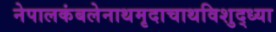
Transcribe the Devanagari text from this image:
नेपालकंबलेनाथमृदाचाथविशुद्ध्या